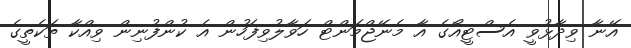
އޭނާ ވިދާޅުވީ އެސްޓީއޯގެ އާ މެނޭޖްމަންޓް ހަވާލުވިފަހުން އެ ކުންފުނިން ވިއްކާ ތަކެތީގެ